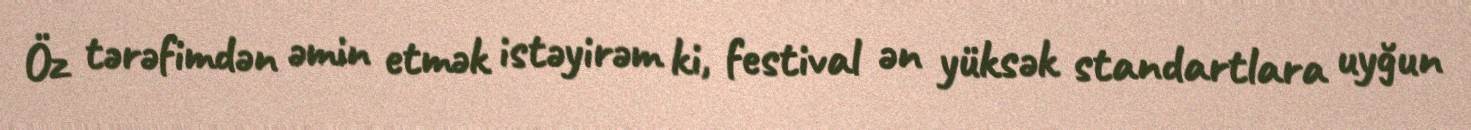
Öz tərəfimdən əmin etmək istəyirəm ki, festival ən yüksək standartlara uyğun